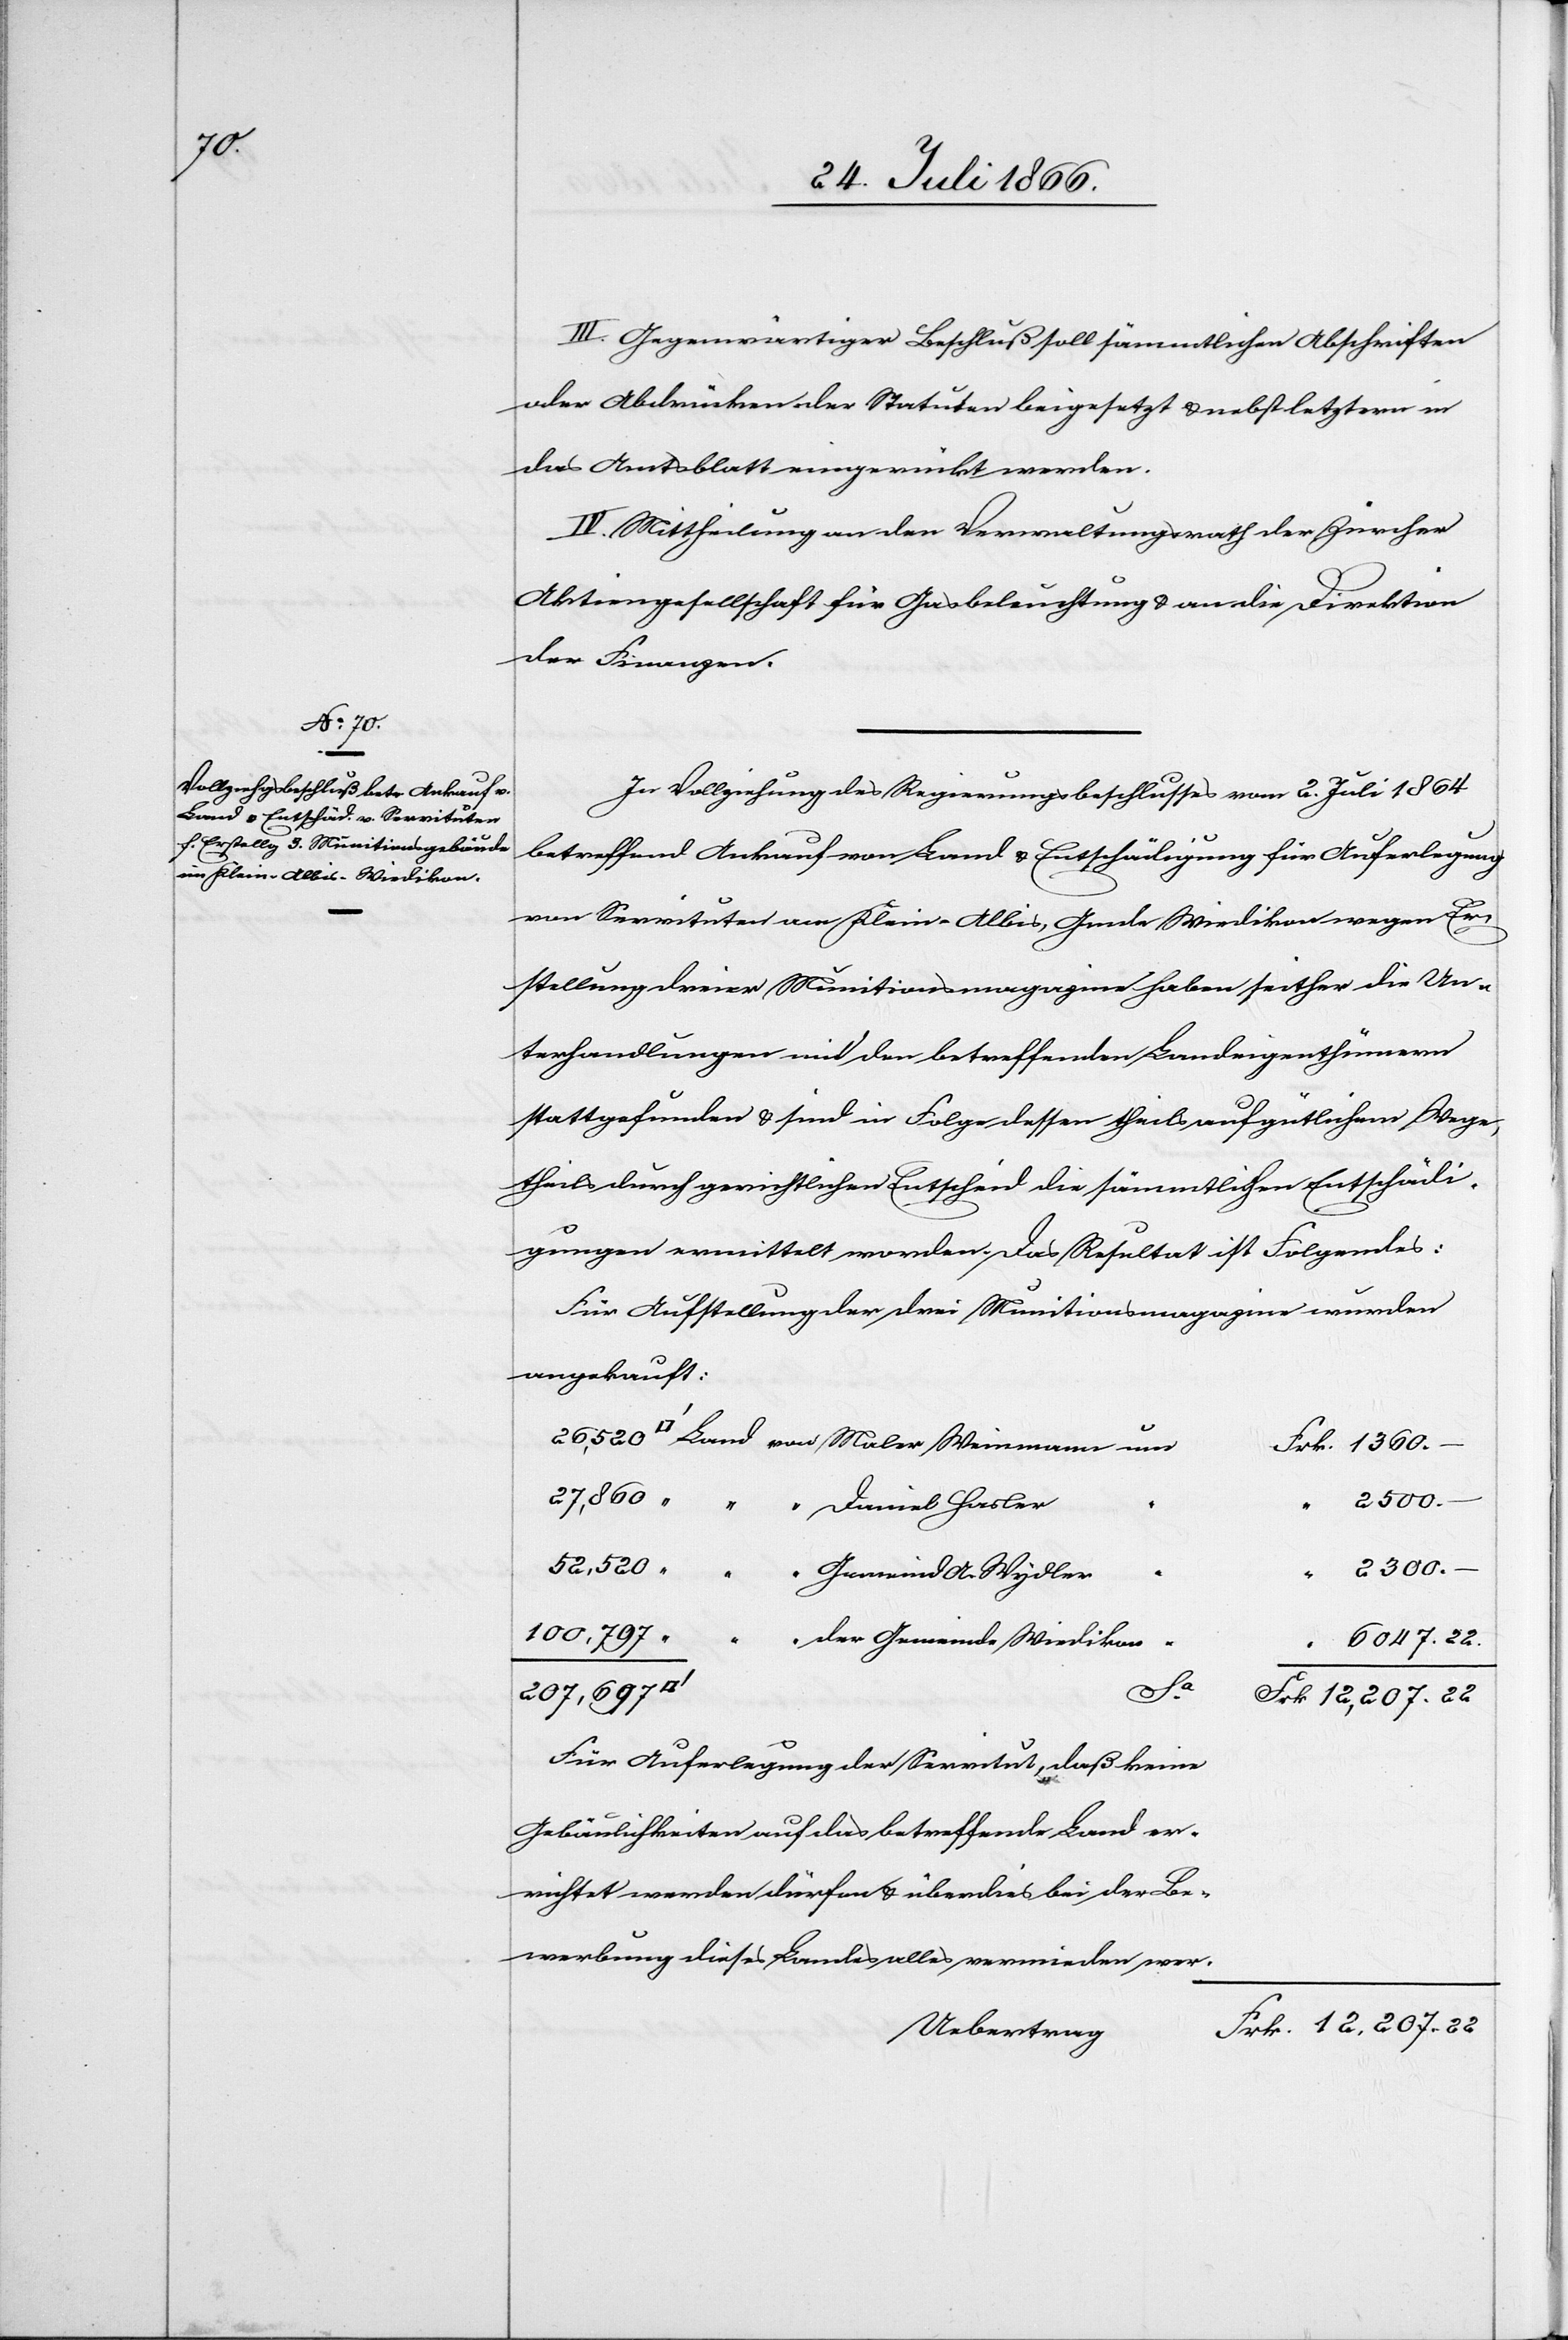
1360.

III. Gegenwärtiger Beschluß soll sämmtlichen Abschriften
oder Abdrücken der Statuten beigesetzt u. nebst letztern in
das Amtsblatt eingerückt werden.
IV. Mittheilung an den Verwaltungsrath der Zürcher
Aktiengesellschaft für Gasbeleuchtung u. an die Direktion
der Finanzen.
In Vollziehung des Regierungsbeschlusses vom 2. Juli 1864
betreffend Ankauf von Land u. Entschädigung für Auferlegung
von Servituten an Klein-Albis, Gmde Wiedikon wegen Er¬
stellung dreier Munitionsmagazine haben seither die Un¬
terhandlungen mit den betreffenden Landeigenthümern
stattgefunden u. sind in Folge dessen theils auf gütlichem Wege,
theils durch gerichtlichen Entscheid die sämmtlichen Entschädi¬
gungen ermittelt worden. Das Resultat ist Folgendes:
Für Aufstellung der drei Munitionsmagazine wurden
angekauft:
27 860
2300.
der
Daniel Hasler
Gemeinde
520
6047.
22
207.
Für Auferlegung der Servitut, „daß keine
Gebäulichkeiten auf das betreffende Land er¬
richtet werden dürfen u. überdies bei der Be¬
werbung dieses Landes alles vermieden wer-